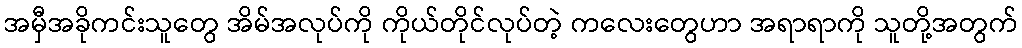
အမှီအခိုကင်းသူတွေ အိမ်အလုပ်ကို ကိုယ်တိုင်လုပ်တဲ့ ကလေးတွေဟာ အရာရာကို သူတို့အတွက်